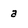
Character: a